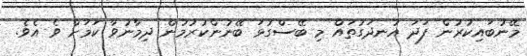
މޭނުބައިކުރުން ފަދަ އުނދަގުތައް މި ބޭސްގުޅަ ބޭނުންކުރުމުން ދިމާނުވާ ކަމަށް ވެ އެވެ.